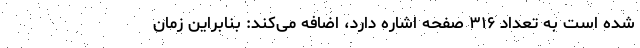
شده است به تعداد ۳۱۶ صفحه اشاره دارد، اضافه می‌کند: بنابراین زمان